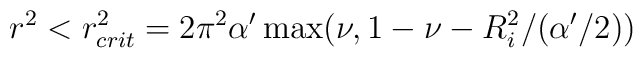
r^2 < r_{crit}^2=2 \pi^2 \alpha' \max( \nu, 1 - \nu - R^{2}_i/(\alpha'/2))